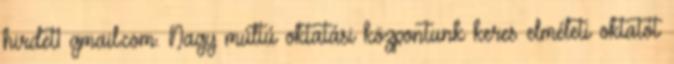
hirdet1 gmail.com. Nagy múltú oktatási központunk keres elméleti oktatót